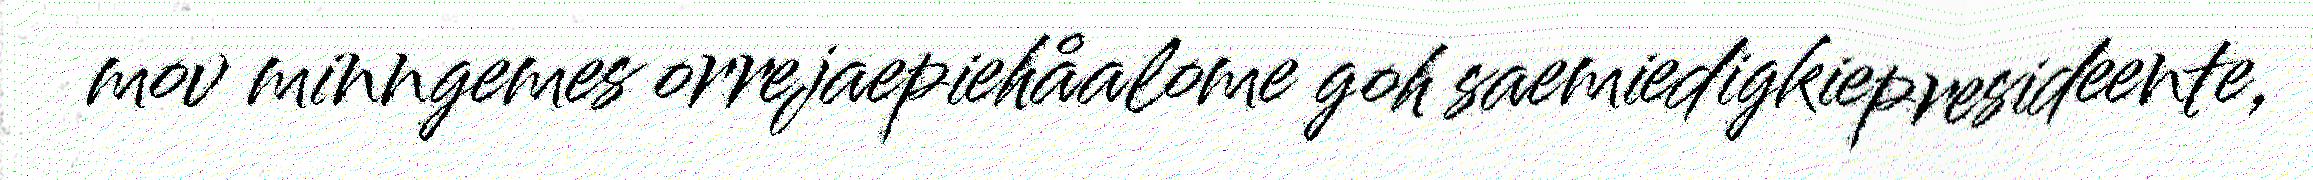
mov minngemes orrejaepiehåalome goh saemiedigkiepresideente,